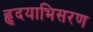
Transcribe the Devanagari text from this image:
हृदयाभिसरण